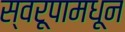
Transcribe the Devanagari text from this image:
स्वरूपामधून